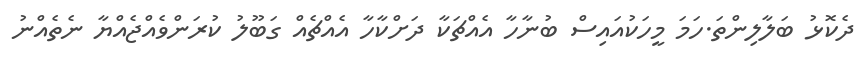
ދެކޮޅު ބަލާލިންތަ.ހަމަ މީހަކުއައިސް ބުނާހާ އެއްޗަކާ ދަށްކާހާ އެއްޗެއް ގަބޫލު ކުރަންވެއްޖެއްޔާ ނެތެއްނު